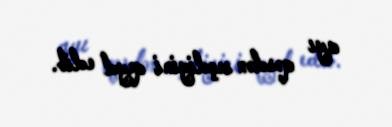
ayı qəsdən seçdiyini qeyd edib.